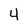
Character: 4